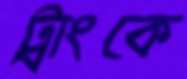
ট্রাংকে